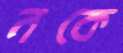
নকে